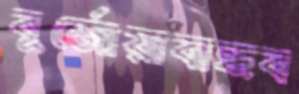
বুর্জোয়াবান্ধব